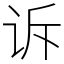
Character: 诉